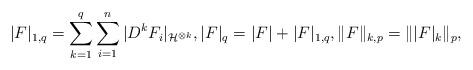
LaTeX: \begin{align*}|F|_{1,q}=\sum_{k=1}^q\sum_{i=1}^ n|D^ kF_i|_{\mathcal{H}^{\otimes k}},|F|_q=|F|+|F|_{1,q},\|F\|_{k,p}=\| |F|_k\|_p,\end{align*}